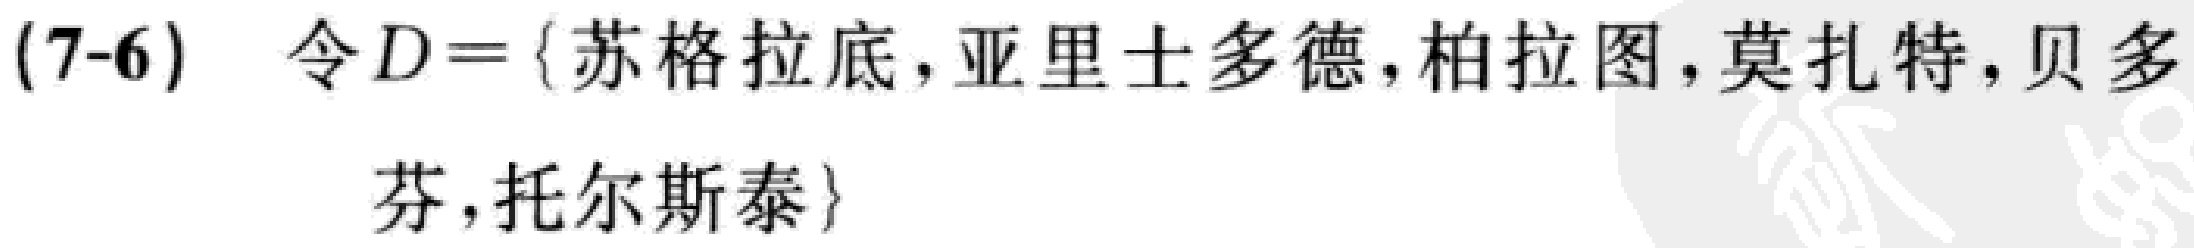
(7-6) 令 \(D = \{苏格拉底, 亚里士多德, 柏拉图, 莫扎特, 贝多芬, 托尔斯泰\}\)